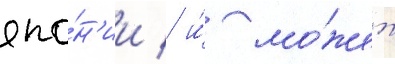
япо́н'ии / и́ мо́жет